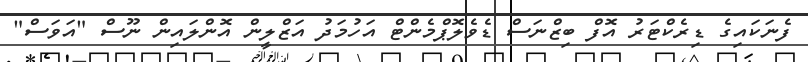
ފެނަކައިގެ ޑިރެކްޓަރު އޮފް ބިޒްނަސް ޑެވެލޮޕްމެންޓް އަހުމަދު އަޒްލީން އޮންލައިން ނޫސް "އަވަސް"